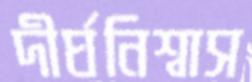
দীর্ঘনিশ্বাস